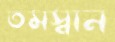
তমস্বান